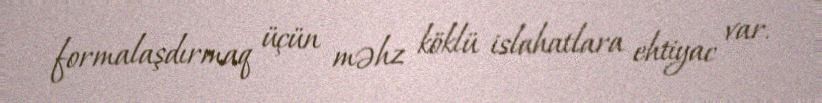
formalaşdırmaq üçün məhz köklü islahatlara ehtiyac var.